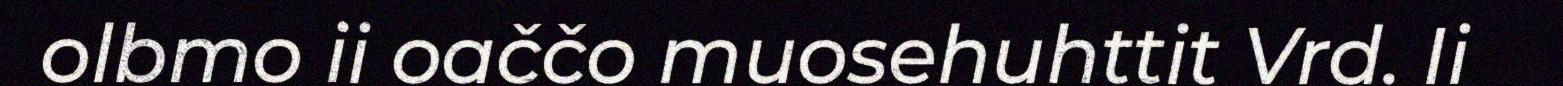
olbmo ii oaččo muosehuhttit Vrd. Ii